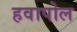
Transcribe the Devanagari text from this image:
हवापोल